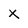
Character: x